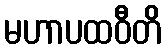
မဟာပထဝီတိ